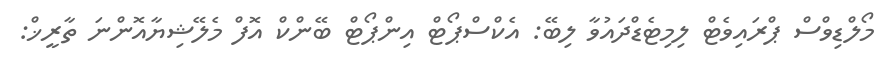
މޯލްޑިވްސް ޕްރައިވެޓް ލިމިޓެޑްދައުވާ ލިބޭ: އެކްސްޕޯޓް އިންޕޯޓް ބޭންކް އޮފް މެލޭޝިޔާއޮންނަ ތާރީޚް: